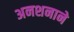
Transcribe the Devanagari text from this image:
अनशनाने